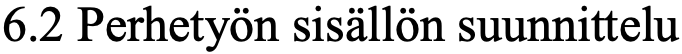
6.2 Perhetyön sisällön suunnittelu